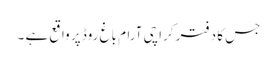
جس کا دفتر کراچی آرام باغ روڈ پر واقع ہے ۔